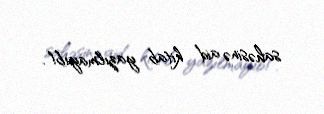
sahəsinə aid kitab yazılmayıb!.